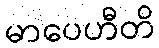
မာပေဟီတိ